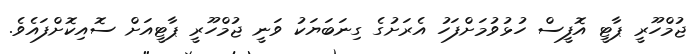
ޖުމްހޫރީ ޕާޓީ އޮފީސް ހުޅުވުމަށްފަހު އެރަށުގެ ގިނަބަޔަކު ވަނީ ޖުމްހޫރީ ޕާޓީއަށް ސޮއިކޮށްފައެވެ.